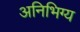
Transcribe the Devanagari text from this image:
अनिभिग्य